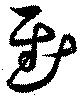
慰